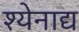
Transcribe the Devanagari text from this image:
श्येनाद्य